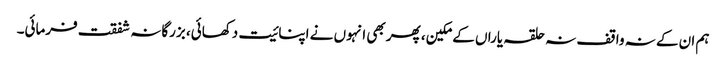
ہم ان کے نہ واقف نہ حلقہ یاراں کے مکین، پھر بھی انہوں نے اپنائیت دکھائی، بزرگانہ شفقت فرمائی۔